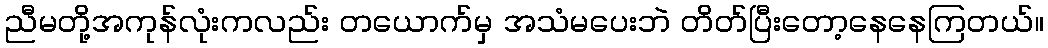
ညီမတို့အကုန်လုံးကလည်း တယောက်မှ အသံမပေးဘဲ တိတ်ပြီးတော့နေနေကြတယ်။